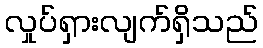
လှုပ်ရှားလျက်ရှိသည်